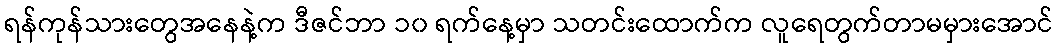
ရန်ကုန်သားတွေအနေနဲ့က ဒီဇင်ဘာ ၁၀ ရက်နေ့မှာ သတင်းထောက်က လူရေတွက်တာမမှားအောင်